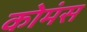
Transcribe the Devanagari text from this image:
कोमंस